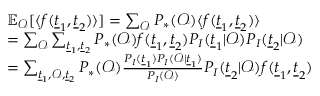
\begin{array} { r } { \begin{array} { r l } & { \mathbb { E } _ { \mathcal { O } } [ \langle f ( \underline { { t } } _ { 1 } , \underline { { t } } _ { 2 } ) \rangle ] = \sum _ { \mathcal { O } } P _ { * } ( \mathcal { O } ) \langle f ( \underline { { t } } _ { 1 } , \underline { { t } } _ { 2 } ) \rangle } \\ & { = \sum _ { \mathcal { O } } \sum _ { \underline { { t } } _ { 1 } , \underline { { t } } _ { 2 } } P _ { * } ( \mathcal { O } ) f ( \underline { { t } } _ { 1 } , \underline { { t } } _ { 2 } ) P _ { I } ( \underline { { t } } _ { 1 } | \mathcal { O } ) P _ { I } ( \underline { { t } } _ { 2 } | \mathcal { O } ) } \\ & { = \sum _ { \underline { { t } } _ { 1 } , \mathcal { O } , \underline { { t } } _ { 2 } } P _ { * } ( \mathcal { O } ) \frac { P _ { I } ( \underline { { t } } _ { 1 } ) P _ { I } ( \mathcal { O } | \underline { { t } } _ { 1 } ) } { P _ { I } ( \mathcal { O } ) } P _ { I } ( \underline { { t } } _ { 2 } | \mathcal { O } ) f ( \underline { { t } } _ { 1 } , \underline { { t } } _ { 2 } ) } \end{array} } \end{array}